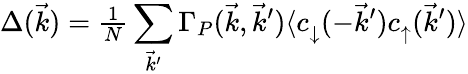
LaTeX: \Delta(\vec{k})={\textstyle{\frac{1}{N}}}\sum_{\vec{k}^{\prime}}\Gamma_{P}(\vec{k},\vec{k}^{\prime})\langle c_{\downarrow}^{\vphantom{\dag}}(-\vec{k}^{\prime})c_{\uparrow}^{\vphantom{\dag}}(\vec{k}^{\prime})\rangle